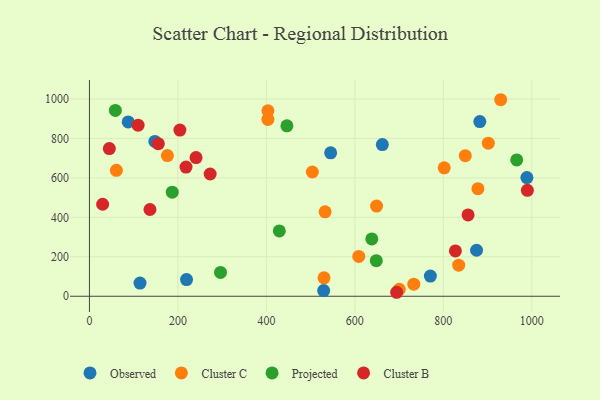
{"axis": {"x": "Investment", "y": "Rating"}, "legend": ["Cluster B", "Cluster C", "Observed", "Projected"], "data": [{"x": "988.9", "y": 601.4, "type": "Observed"}, {"x": "114.3", "y": 66.9, "type": "Observed"}, {"x": "662.1", "y": 768.5, "type": "Observed"}, {"x": "882.5", "y": 885.2, "type": "Observed"}, {"x": "87.6", "y": 883.3, "type": "Observed"}, {"x": "219.5", "y": 84.4, "type": "Observed"}, {"x": "545.3", "y": 726.9, "type": "Observed"}, {"x": "875.1", "y": 233.1, "type": "Observed"}, {"x": "770.7", "y": 102.4, "type": "Observed"}, {"x": "529.5", "y": 28.8, "type": "Observed"}, {"x": "147.9", "y": 784.7, "type": "Observed"}, {"x": "608.9", "y": 201.7, "type": "Cluster C"}, {"x": "700.4", "y": 35.3, "type": "Cluster C"}, {"x": "649.1", "y": 457.1, "type": "Cluster C"}, {"x": "532.7", "y": 427.9, "type": "Cluster C"}, {"x": "802.0", "y": 650.9, "type": "Cluster C"}, {"x": "403.4", "y": 896.0, "type": "Cluster C"}, {"x": "733.2", "y": 61.4, "type": "Cluster C"}, {"x": "834.8", "y": 157.5, "type": "Cluster C"}, {"x": "176.2", "y": 712.8, "type": "Cluster C"}, {"x": "878.2", "y": 545.0, "type": "Cluster C"}, {"x": "403.5", "y": 939.8, "type": "Cluster C"}, {"x": "929.7", "y": 995.9, "type": "Cluster C"}, {"x": "901.7", "y": 775.6, "type": "Cluster C"}, {"x": "60.9", "y": 638.0, "type": "Cluster C"}, {"x": "503.9", "y": 629.6, "type": "Cluster C"}, {"x": "530.3", "y": 93.5, "type": "Cluster C"}, {"x": "849.7", "y": 712.5, "type": "Cluster C"}, {"x": "648.5", "y": 180.4, "type": "Projected"}, {"x": "187.2", "y": 527.6, "type": "Projected"}, {"x": "965.9", "y": 690.6, "type": "Projected"}, {"x": "429.2", "y": 330.9, "type": "Projected"}, {"x": "638.3", "y": 290.5, "type": "Projected"}, {"x": "58.6", "y": 941.8, "type": "Projected"}, {"x": "446.4", "y": 863.4, "type": "Projected"}, {"x": "296.3", "y": 120.8, "type": "Projected"}, {"x": "136.8", "y": 439.7, "type": "Cluster B"}, {"x": "694.5", "y": 20.2, "type": "Cluster B"}, {"x": "855.9", "y": 412.1, "type": "Cluster B"}, {"x": "241.0", "y": 703.0, "type": "Cluster B"}, {"x": "990.0", "y": 536.6, "type": "Cluster B"}, {"x": "272.9", "y": 619.5, "type": "Cluster B"}, {"x": "45.0", "y": 748.5, "type": "Cluster B"}, {"x": "155.7", "y": 773.3, "type": "Cluster B"}, {"x": "827.3", "y": 229.7, "type": "Cluster B"}, {"x": "218.3", "y": 654.4, "type": "Cluster B"}, {"x": "110.0", "y": 866.8, "type": "Cluster B"}, {"x": "29.8", "y": 466.3, "type": "Cluster B"}, {"x": "204.5", "y": 842.2, "type": "Cluster B"}]}